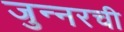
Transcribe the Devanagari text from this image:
जुन्‍नरची